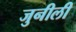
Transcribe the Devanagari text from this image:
जुनीली